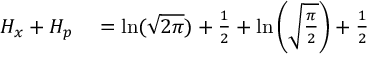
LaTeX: \begin{array} { r l } { H _ { x } + H _ { p } } & { { } = \ln ( { \sqrt { 2 \pi } } ) + { \frac { 1 } { 2 } } + \ln \left( { \sqrt { \frac { \pi } { 2 } } } \right) + { \frac { 1 } { 2 } } } \end{array}